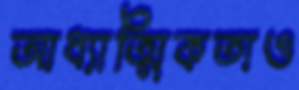
আধ্যাত্মিকতাও